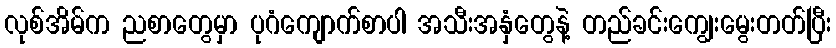
လုစ်အိမ်က ညစာတွေမှာ ပုဂံကျောက်စာပါ အသီးအနှံတွေနဲ့ တည်ခင်းကျွေးမွေးတတ်ပြီး